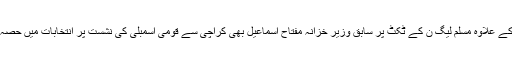
شہباز شریف کے علاوہ مسلم لیگ ن کے ٹکٹ پر سابق وزیرِ خزانہ مفتاح اسماعیل بھی کراچی سے قومی اسمبلی کی نشست پر انتخابات میں حصہ لے رہے ہیں۔